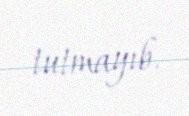
tutmayıb.